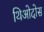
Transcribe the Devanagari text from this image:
थिओदोस